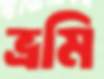
ভ্রমি